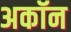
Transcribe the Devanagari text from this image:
अकॉन